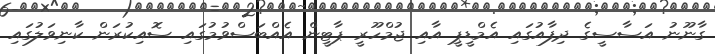
ގާނޫނު އަސާސީގެ ދިފާއުގައި އެމްޑީޕީ އާއި ޖުމްހޫރީ ޕާޓީން އެއްބަސްވުމުގައި ސޮއިކުރަން ކާނިވަލުގައި